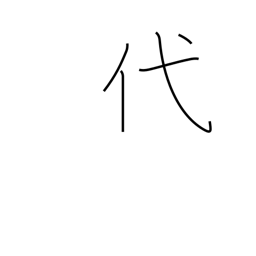
Meaning: replace